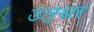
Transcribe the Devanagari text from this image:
उत्थर